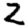
Digit: 2